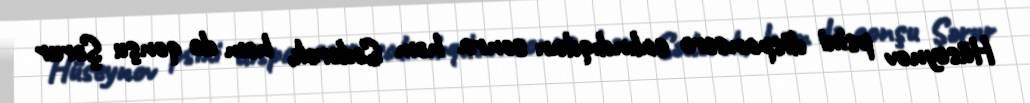
Hüseynov psixi dispanserə salındıqdan sonra həm Sədərək, həm də qonşu Şərur